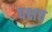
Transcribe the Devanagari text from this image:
पक्षच